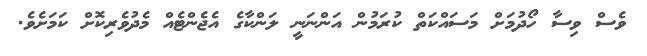
ވެސް ވިސާ ހޯދުމަށް މަސައްކަތް ކުރަމުން އަންނަނީ ލަންކާގެ އެޖެންޓެއް މެދުވެރިކޮށް ކަމަށެވެ.